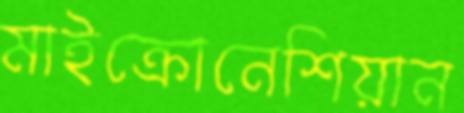
মাইক্রোনেশিয়ান